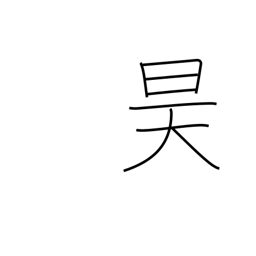
Meaning: sky